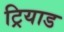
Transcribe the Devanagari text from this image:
ट्रियाड